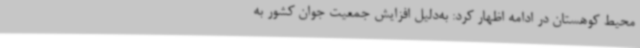
محیط کوهستان در ادامه اظهار کرد: به‌دلیل افزایش جمعیت جوان کشور به